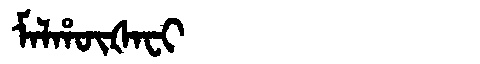
Manchu: ᠮᠠᠯᡥᡡᡧᠠᠸᡳ
Romanization: MALHŪŠAFI